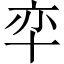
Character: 𱑎